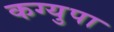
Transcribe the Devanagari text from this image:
कग्युपा